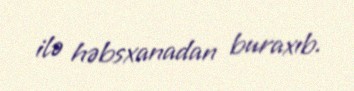
ilə həbsxanadan buraxıb.